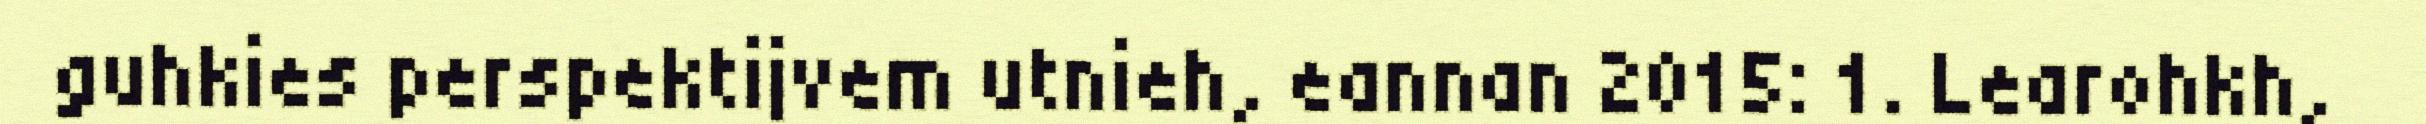
guhkies perspektijvem utnieh, eannan 2015: 1. Learohkh,